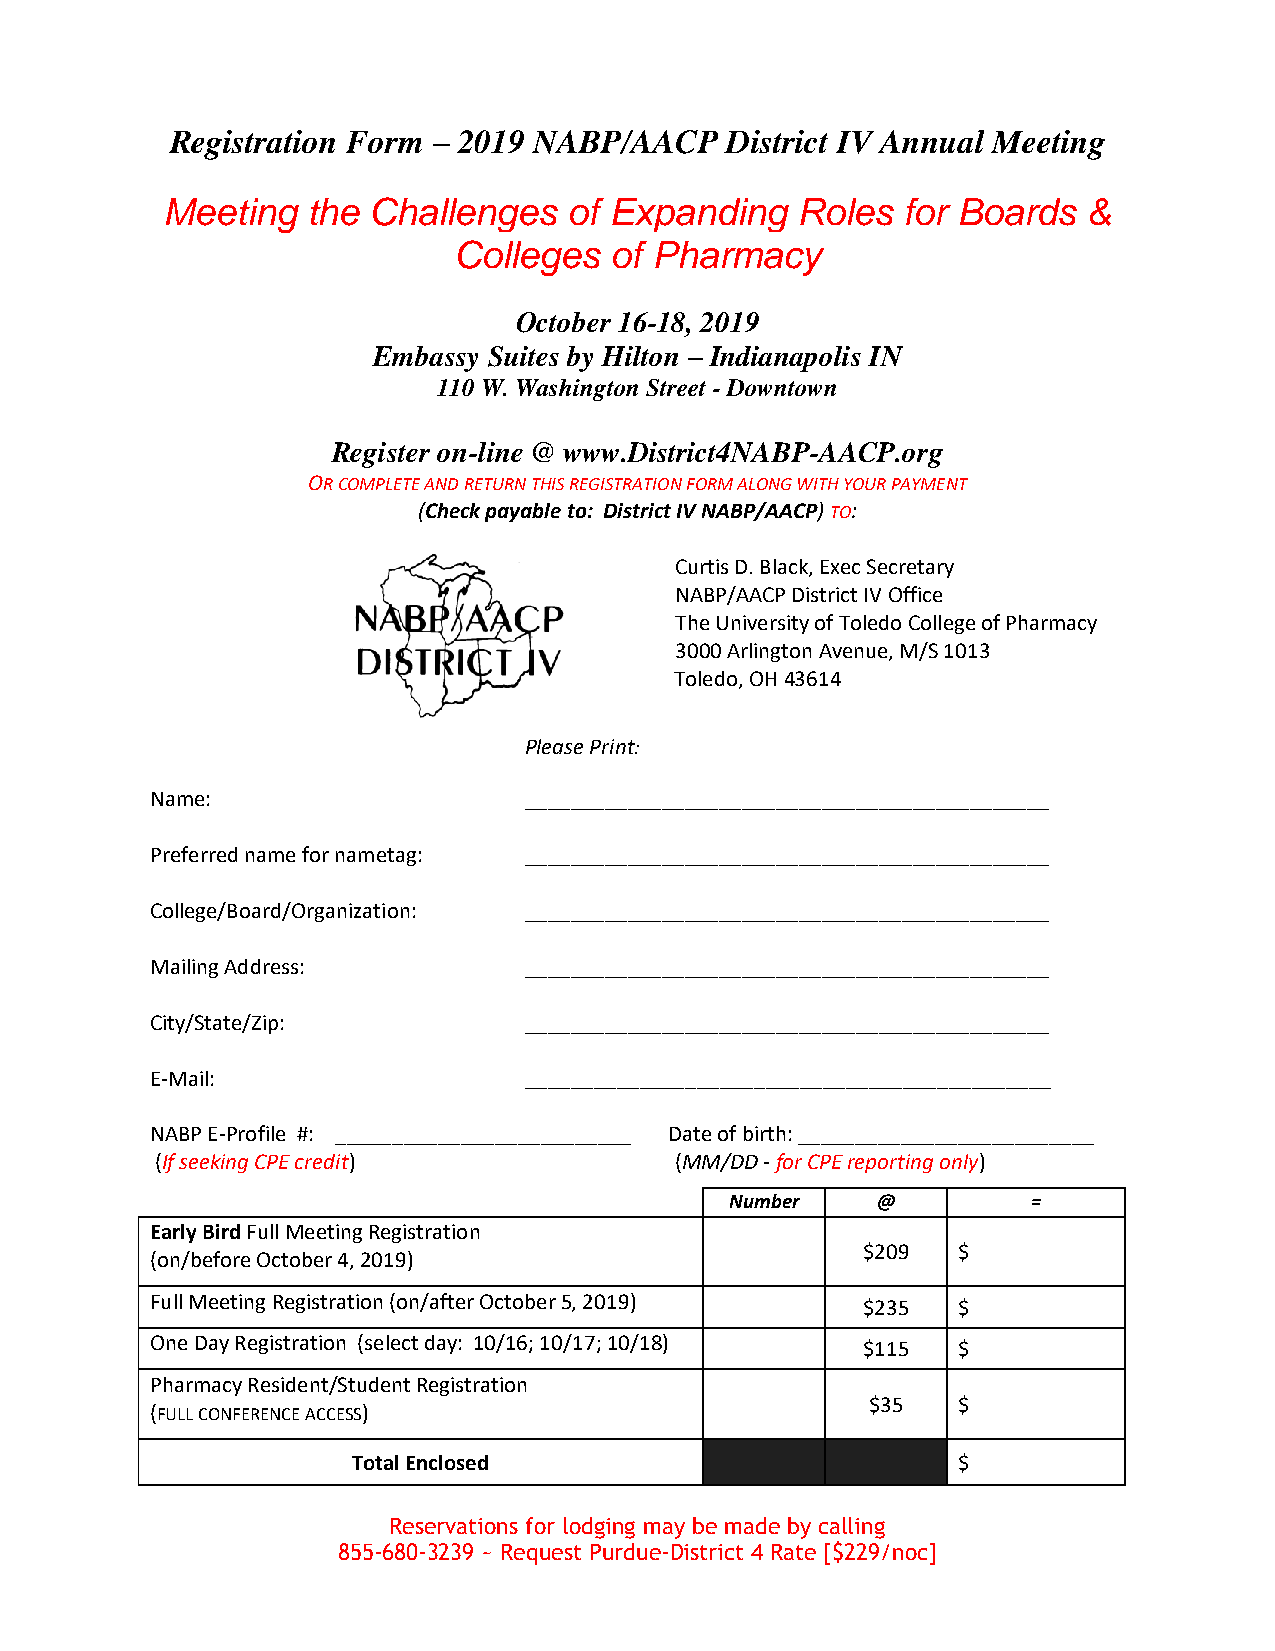
Registration Form – 2019 NABP/AACP   District IV Annual Meeting
 Meeting  the Challenges    of Expanding   Roles  for Boards  &
 Colleges  of Pharmacy
 October 16-18, 2019
 Embassy Suites by Hilton – Indianapolis IN
 110 W. Washington Street - Downtown
 Register on-line @ www.District4NABP-AACP.org
 OR COMPLETE AND RETURN THIS REGISTRATION FORM ALONG WITH YOUR PAYMENT
 (Check payable to: District IV NABP/AACP) TO:
 Curtis D. Black, Exec Secretary
 NABP/AACP District IV Office
 The University of Toledo College of Pharmacy
 3000 Arlington Avenue, M/S 1013
 Toledo, OH 43614
 Please Print:
 Name:                    ______________________________________________
 Preferred name for nametag: ______________________________________________
 College/Board/Organization: ______________________________________________
 Mailing Address:         ______________________________________________
 City/State/Zip:          ______________________________________________
 E-Mail:                  ______________________________________________
 NABP E-Profile #: __________________________ Date of birth: __________________________
 (If seeking CPE credit)            (MM/DD - for CPE reporting only)
 Number    @         =
 Early Bird Full Meeting Registration
 $209  $
 (on/before October 4, 2019)
 Full Meeting Registration (on/after October 5, 2019) $235 $
 One Day Registration (select day: 10/16; 10/17; 10/18) $115 $
 Pharmacy Resident/Student Registration
 $35  $
 (FULL CONFERENCE ACCESS)
 Total Enclosed                          $
 Reservations for lodging may be made by calling
 855-680-3239 ~ Request Purdue-District 4 Rate [$229/noc]